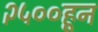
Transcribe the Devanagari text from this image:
२५००हून